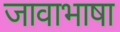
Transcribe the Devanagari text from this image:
जावाभाषा